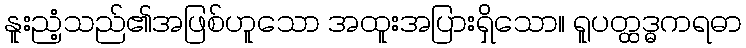
နူးညံ့သည်၏အဖြစ်ဟူသော အထူးအပြားရှိသော။ ရူပတ္ထဒ္ဓကရဓာ